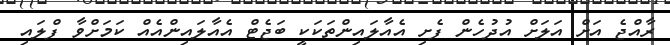
ރާއްޖެ އަށް އަލަށް އުދުހެން ފެށި އެއާލައިންތަކަކީ ބަޖެޓް އެއާލައިންއެއް ކަމަށްވާ ފްލައި